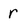
Character: r